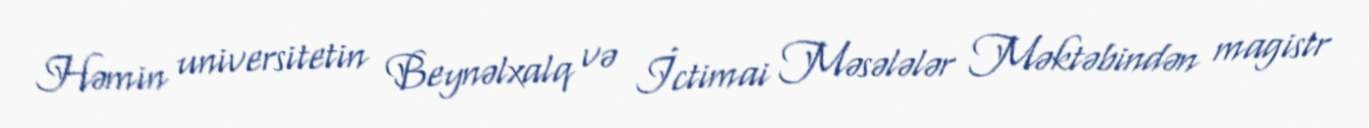
Həmin universitetin Beynəlxalq və İctimai Məsələlər Məktəbindən magistr